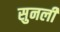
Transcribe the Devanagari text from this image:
सुनली